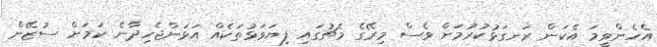
އެހެންވީމަ އެކަން ރަނގަޅުކުރުމަށް ވެސް މިރޭގެ މެޗުގައި ފިޔަވަޅުތަކެއް އަޅަންޖެހިދާނެ ކަމަށް ސުޒޭން